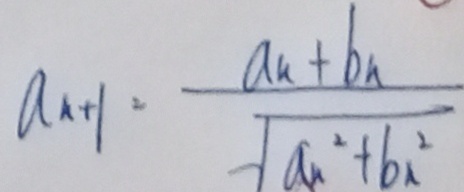
a _ { n + 1 } = \frac { a _ { n } + b _ { n } } { \sqrt { a _ { n } ^ { 2 } + b _ { n } ^ { 2 } } }